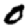
Digit: 0